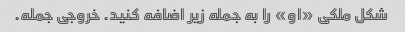
شکل ملکی «او» را به جمله زیر اضافه کنید. خروجی جمله.